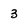
Character: 3